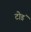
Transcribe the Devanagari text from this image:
टोडं